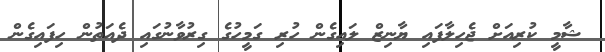
ޝާމީ ކުރިއަށް ޖެހިލާފައި ޔާނިޒް ލައިގެން ހުރި ގަމީހުގެ ގިރުވާނުގައި ދެއަތުން ހިފައިގެން